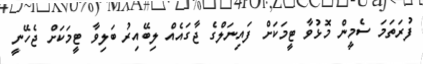
ފުރަތަމަ ސެމީން މޮޅުވާ ޓީމަކަށް ފައިނަލްގެ ޖާގައެއް ލިބޭއިރު ބަލިވާ ޓީމަކަށް ޖެހޭނީ